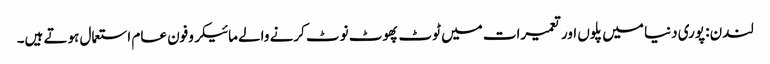
لندن: پوری دنیا میں پلوں اور تعمیرات میں ٹوٹ پھوٹ نوٹ کرنے والے مائیکروفون عام استعمال ہوتے ہیں۔